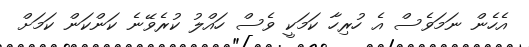
އެހެން ނަމަވެސް އެ ހުރިހާ ކަމަކީ ވެސް ހައްލު ކުރެވޭނެ ކަންކަން ކަމަށް